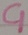
Text: C1